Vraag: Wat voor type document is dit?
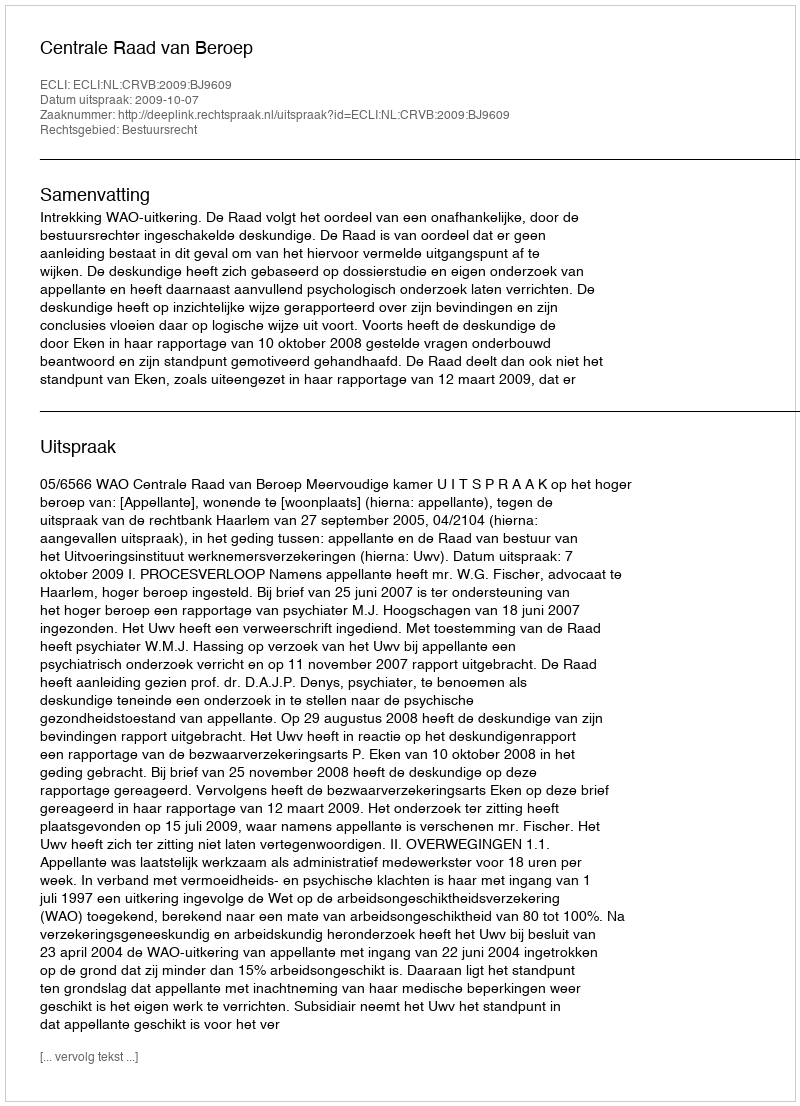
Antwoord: Uitspraak